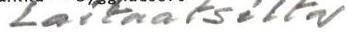
Laitaatsilta